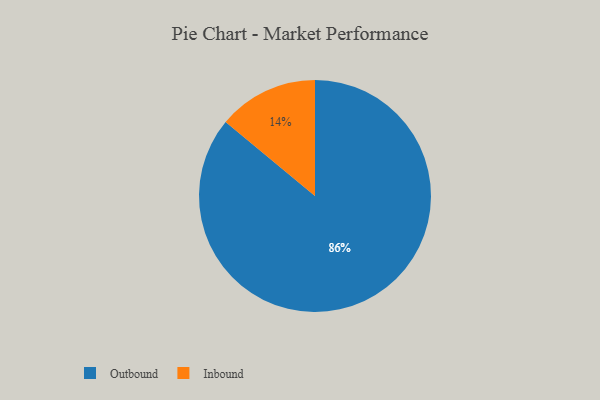
{"axis": {"x": "Category", "y": "Percentage"}, "legend": ["Inbound", "Outbound"], "data": [{"x": "Outbound", "y": 86, "type": "Outbound"}, {"x": "Inbound", "y": 14, "type": "Inbound"}]}